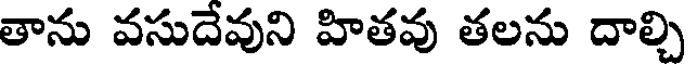
తాను వసుదేవుని హితవు తలను దాల్చి